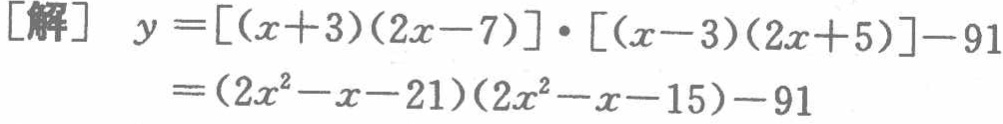
```latex

\begin{align*}

[\text{解}]\quad y&=[(x + 3)(2x - 7)]\cdot[(x - 3)(2x + 5)] - 91\\

&=(2x^{2}-x - 21)(2x^{2}-x - 15)-91

\end{align*}

```